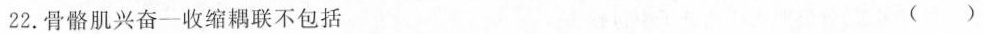
22. 骨骼肌兴奋-收缩耦联不包括 ( )